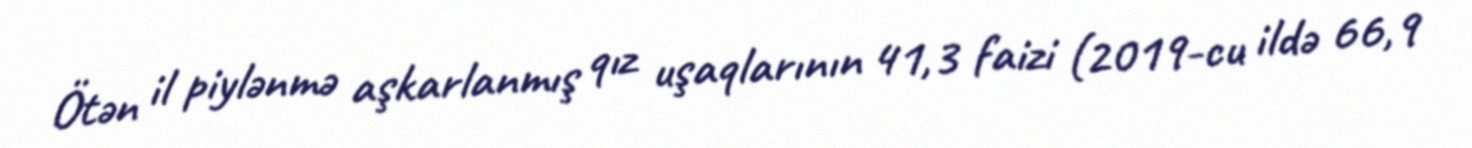
Ötən il piylənmə aşkarlanmış qız uşaqlarının 41,3 faizi (2019-cu ildə 66,9